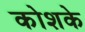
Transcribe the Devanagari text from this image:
कोशके